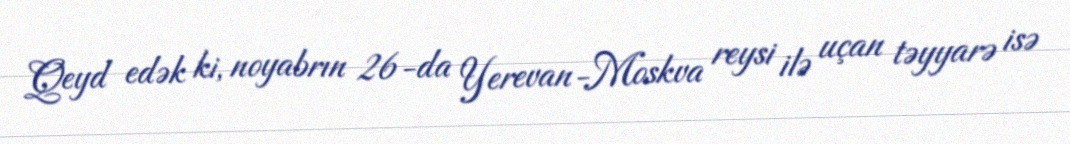
Qeyd edək ki, noyabrın 26-da Yerevan-Moskva reysi ilə uçan təyyarə isə